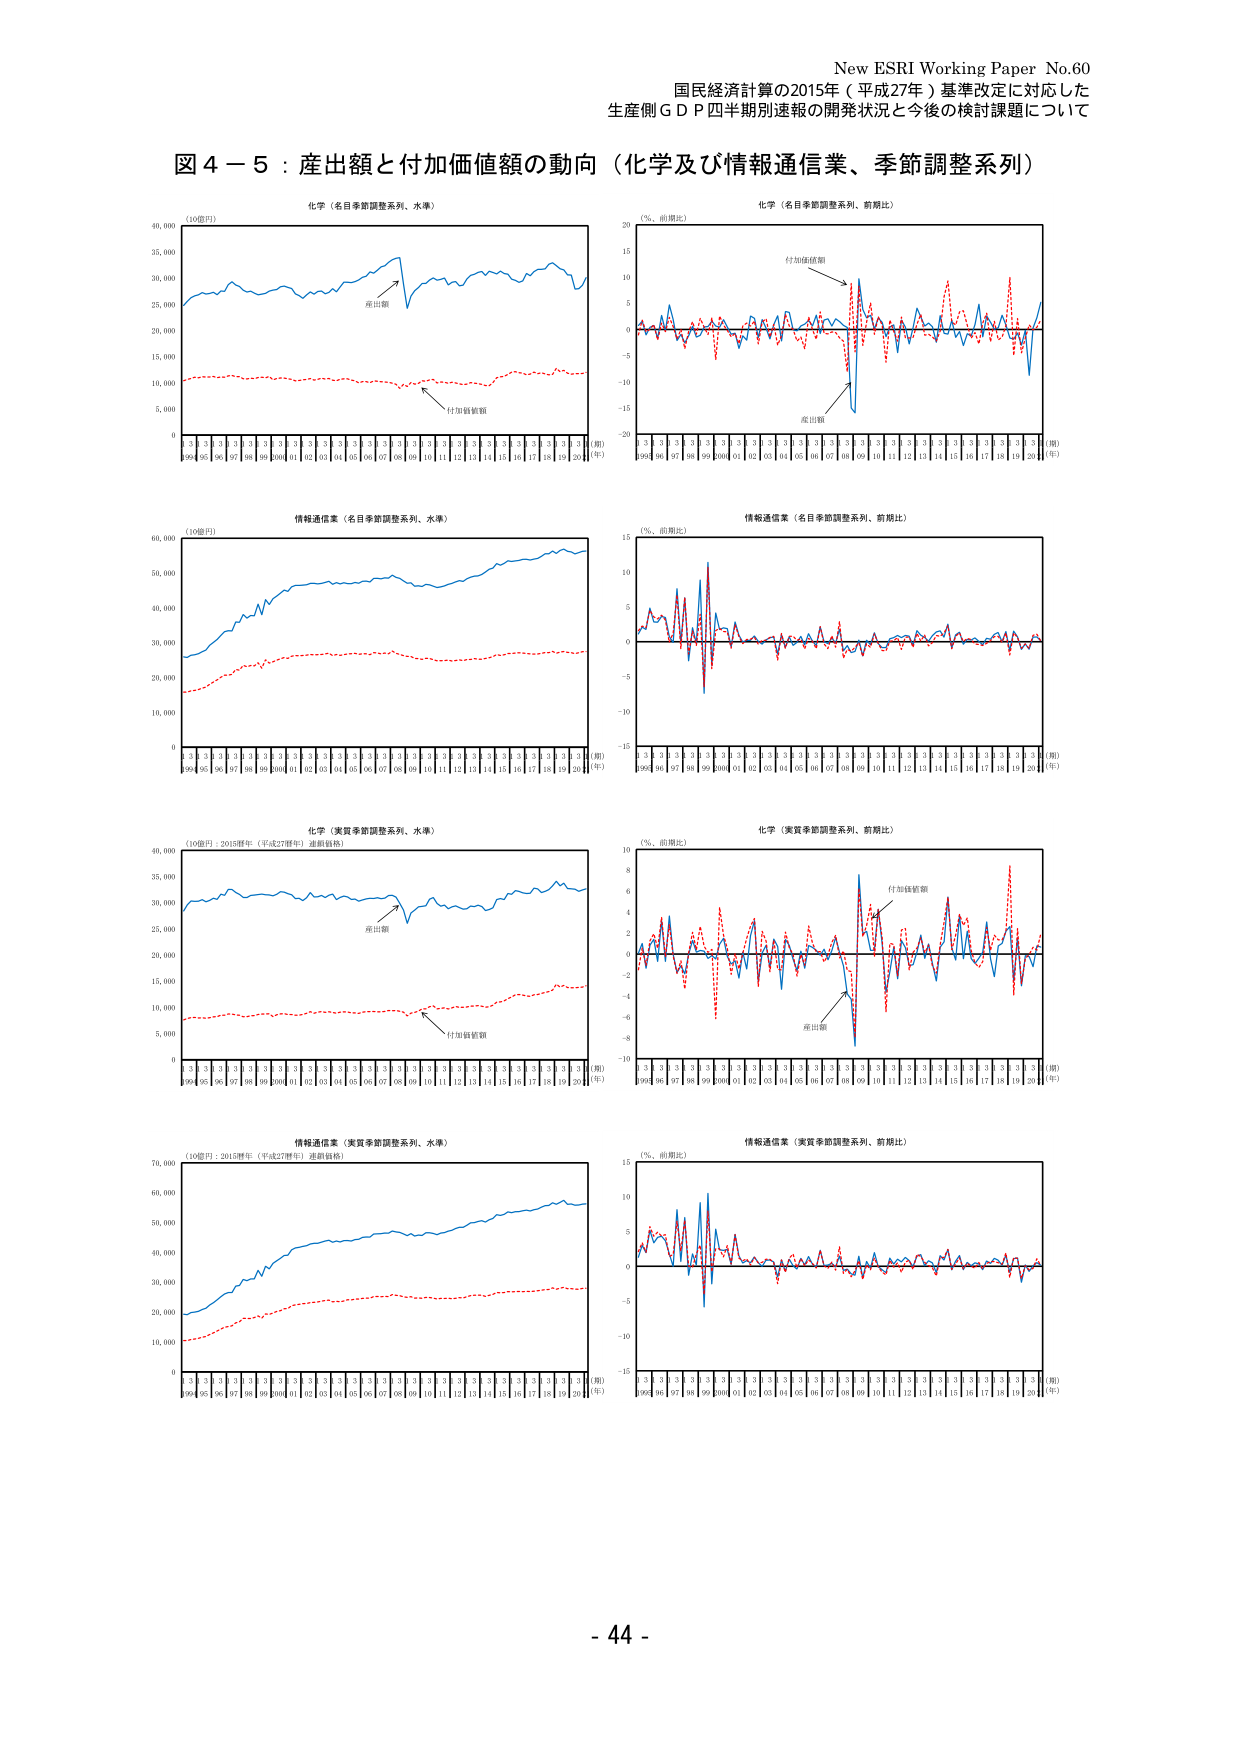
New ESRI Working Paper No.60
国民経済計算の2015年（平成27年）基準改定に対応した
生産側ＧＤＰ四半期別速報の開発状況と今後の検討課題について

図４－５：産出額と付加価値額の動向（化学及び情報通信業、季節調整系列）

化学（名目季節調整系列、水準）
（10億円）
産出額
付加価値額
（期）
（年）
94 95 96 97 98 99 00 01 02 03 04 05 06 07 08 09 10 11 12 13 14 15 16 17 18 19 20

化学（名目季節調整系列、前期比）
（％、前期比）
付加価値額
産出額
（期）
（年）
94 95 96 97 98 99 00 01 02 03 04 05 06 07 08 09 10 11 12 13 14 15 16 17 18 19 20

情報通信業（名目季節調整系列、水準）
（10億円）
（期）
（年）
94 95 96 97 98 99 00 01 02 03 04 05 06 07 08 09 10 11 12 13 14 15 16 17 18 19 20

情報通信業（名目季節調整系列、前期比）
（％、前期比）
（期）
（年）
94 95 96 97 98 99 00 01 02 03 04 05 06 07 08 09 10 11 12 13 14 15 16 17 18 19 20

化学（実質季節調整系列、水準）
（10億円：2015年（平成27年）連鎖価格）
産出額
付加価値額
（期）
（年）
94 95 96 97 98 99 00 01 02 03 04 05 06 07 08 09 10 11 12 13 14 15 16 17 18 19 20

化学（実質季節調整系列、前期比）
（％、前期比）
付加価値額
産出額
（期）
（年）
94 95 96 97 98 99 00 01 02 03 04 05 06 07 08 09 10 11 12 13 14 15 16 17 18 19 20

情報通信業（実質季節調整系列、水準）
（10億円：2015年（平成27年）連鎖価格）
（期）
（年）
94 95 96 97 98 99 00 01 02 03 04 05 06 07 08 09 10 11 12 13 14 15 16 17 18 19 20

情報通信業（実質季節調整系列、前期比）
（％、前期比）
（期）
（年）
94 95 96 97 98 99 00 01 02 03 04 05 06 07 08 09 10 11 12 13 14 15 16 17 18 19 20

- 44 -